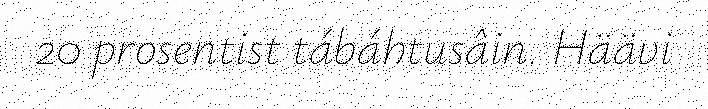
20 prosentist tábáhtusâin. Häävi